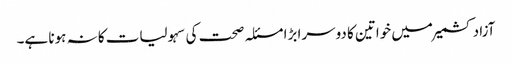
آزاد کشمیر میں خواتین کا دوسرا بڑا مسئلہ صحت کی سہولیات کا نہ ہونا ہے۔